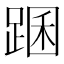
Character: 䠅